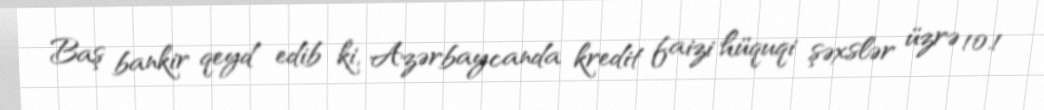
Baş bankir qeyd edib ki, Azərbaycanda kredit faizi hüquqi şəxslər üzrə 10.1